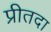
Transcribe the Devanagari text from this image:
प्रीतदा